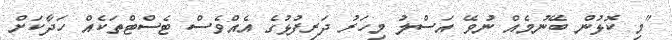
"މި ކޮޅުން ބޭނުމެއް ނުވޭ އަސްލު މިހަރު ދަރިފުޅުގެ އެއްވެސް ޓެސްޓްތަކެއް ހަދާކަށް